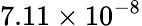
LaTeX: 7.11\times 10^{-8}